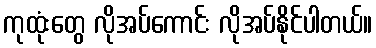
ကုထုံးတွေ လိုအပ်ကောင်း လိုအပ်နိုင်ပါတယ်။